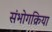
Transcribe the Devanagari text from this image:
संभोगक्रिया